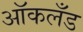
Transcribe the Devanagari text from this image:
आॅकलँड